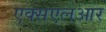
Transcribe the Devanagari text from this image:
एक्सएलआर